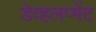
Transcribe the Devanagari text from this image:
डेव्हलप्मेंट